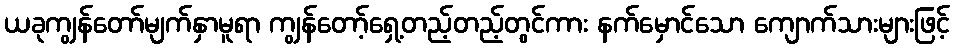
ယခုကျွန်တော်မျက်နှာမူရာ ကျွန်တော့်ရှေ့တည့်တည့်တွင်ကား နက်မှောင်သော ကျောက်သားများဖြင့်